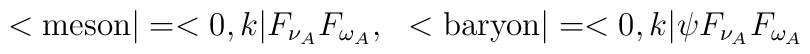
<\mbox{meson}|=<0,k|F_{\nu_A}F_{\omega_A},\ \ <\mbox{baryon}|=<0,k|\psi F_{\nu_A}F_{\omega_A}